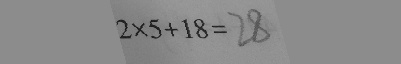
2 \times 5 + 1 8 = 2 8